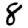
Digit: 8